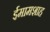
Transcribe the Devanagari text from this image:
ईमामशाह